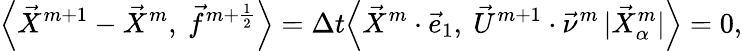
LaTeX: \Big\langle\vec{X}^{m+1}-\vec{X}^{m},~\vec{f}^{m+\frac{1}{2}}\Big\rangle=\Delta t\Big\langle\vec{X}^{m}\cdot\vec{e}_{1},~\vec{U}^{m+1}\cdot\vec{\nu}^{m}\, |\vec{X}_{\alpha}^{m}|\Big\rangle=0,